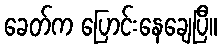
ခေတ်က ပြောင်းနေချေပြီ။